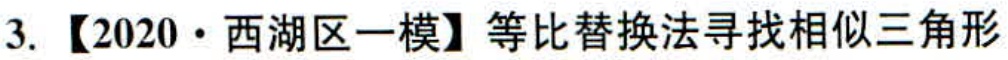
3. 【2020·西湖区一模】等比替换法寻找相似三角形